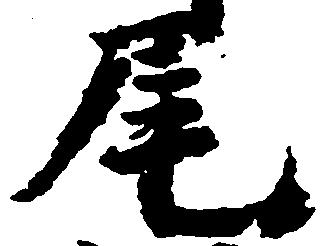
尾